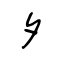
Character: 夕